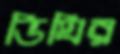
ডিঘির